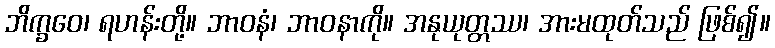
ဘိက္ခဝေ၊ ရဟန်းတို့။ ဘာဝနံ၊ ဘာဝနာကို။ အနုယုတ္တဿ၊ အားမထုတ်သည် ဖြစ်၍။